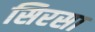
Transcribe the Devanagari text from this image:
सिरसा